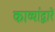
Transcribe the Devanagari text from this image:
काव्यांद्वारे